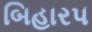
બિહાર૫